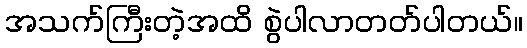
အသက်ကြီးတဲ့အထိ စွဲပါလာတတ်ပါတယ်။